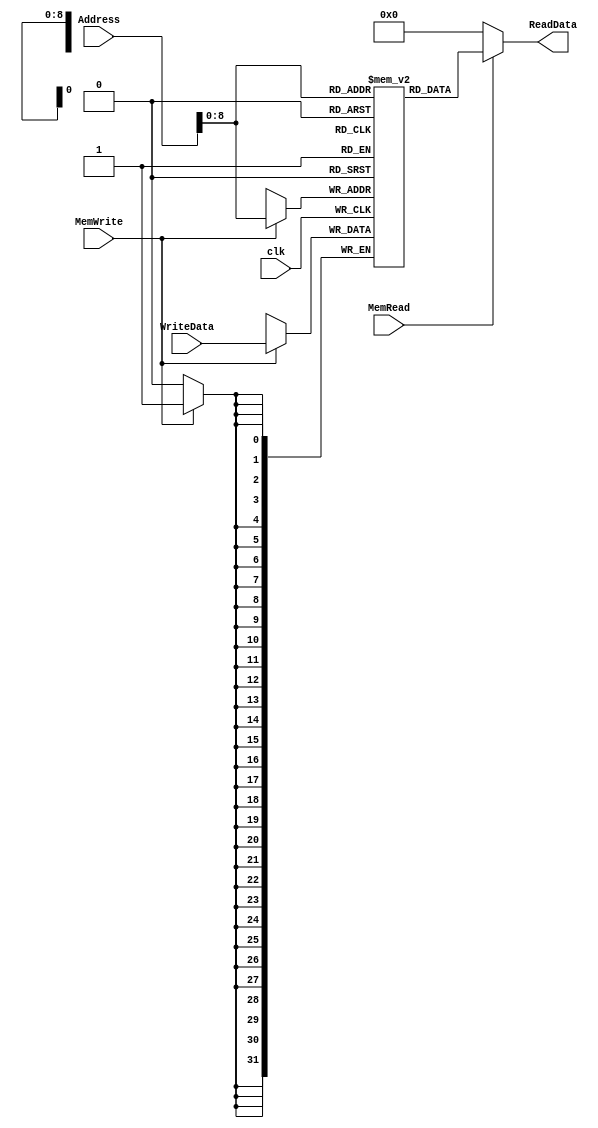
`timescale 1ns / 1ps

// Data memorys unit
module DataMemory #(parameter  WIDTH = 32)(
    input clk,
    input MemRead,MemWrite,
    input [WIDTH-1:0] Address,
    input [WIDTH-1:0] WriteData,
    output  [WIDTH-1:0] ReadData
    );
    
    // memory 
    reg [WIDTH-1:0] memory[511:0];


  initial
    begin
      memory[0] = 32'h00000000;
      memory[1] = 32'h00000000;
      memory[2] = 32'h00000000;
      memory[3] = 32'h00000000;
      memory[4] = 32'h00000000;
      memory[5] = 32'h00000000;
      memory[6] = 32'h00000000;
      memory[7] = 32'h00000000;
      memory[8] = 32'h00000000;
      memory[9] = 32'h00000000;
      memory[10] = 32'h00000000;
      memory[11] = 32'h00000000;
      memory[12] = 32'h00000000;
      memory[13] = 32'h00000000;
      memory[14] = 32'h00000000;
      memory[15] = 32'h00000000;
      memory[16] = 32'h00000000;
      memory[17] = 32'h00000000;
      memory[18] = 32'h00000000;
      memory[19] = 32'h00000000;
      memory[20] = 32'h00000000;
      memory[21] = 32'h00000000;
      memory[22] = 32'h00000000;
      memory[23] = 32'h00000000;
      memory[24] = 32'h00000000;
      memory[25] = 32'h00000000;
      memory[26] = 32'h00000000;
      memory[27] = 32'h00000000;
      memory[28] = 32'h00000000;
      memory[29] = 32'h00000000;
      memory[30] = 32'h00000000;
    end

    always @(posedge clk)
     begin
       if(MemWrite == 1'b1)
          memory[Address] <= WriteData;
     end 
       
    assign ReadData = (MemRead == 1'b1)? memory[Address] : 32'd0;
       
endmodule